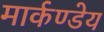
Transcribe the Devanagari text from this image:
मार्कण्‍डेय